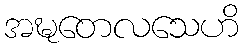
အဍ္ဎတေလသေဟိ